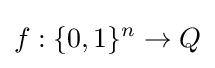
f:\{0,1\}^{n}\to Q